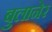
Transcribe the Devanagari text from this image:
बुलानेर